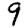
Digit: 9